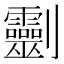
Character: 𠠱